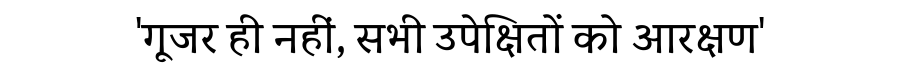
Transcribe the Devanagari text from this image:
'गूजर ही नहीं, सभी उपेक्षितों को आरक्षण'